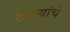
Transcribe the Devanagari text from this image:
खेळ्यांचे